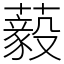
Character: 藙